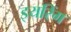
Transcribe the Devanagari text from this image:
इयरिंग